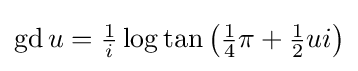
{\textstyle \operatorname {gd} u={\tfrac {1}{i}}\log \tan {\bigl (}{\tfrac {1}{4}}\pi +{\tfrac {1}{2}}ui{\bigr )}}